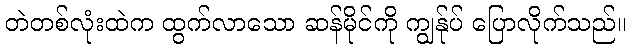
တဲတစ်လုံးထဲက ထွက်လာသော ဆန်မိုင်ကို ကျွန်ုပ် ပြောလိုက်သည်။